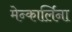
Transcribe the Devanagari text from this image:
मेन्कार्लिना